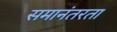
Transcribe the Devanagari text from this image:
समानंतरता